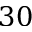
3 0